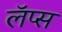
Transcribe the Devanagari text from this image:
लॅप्स